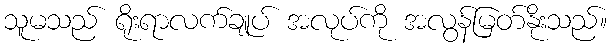
သူမသည် ရိုးရာလက်ချုပ် အလုပ်ကို အလွန်မြတ်နိုးသည်။